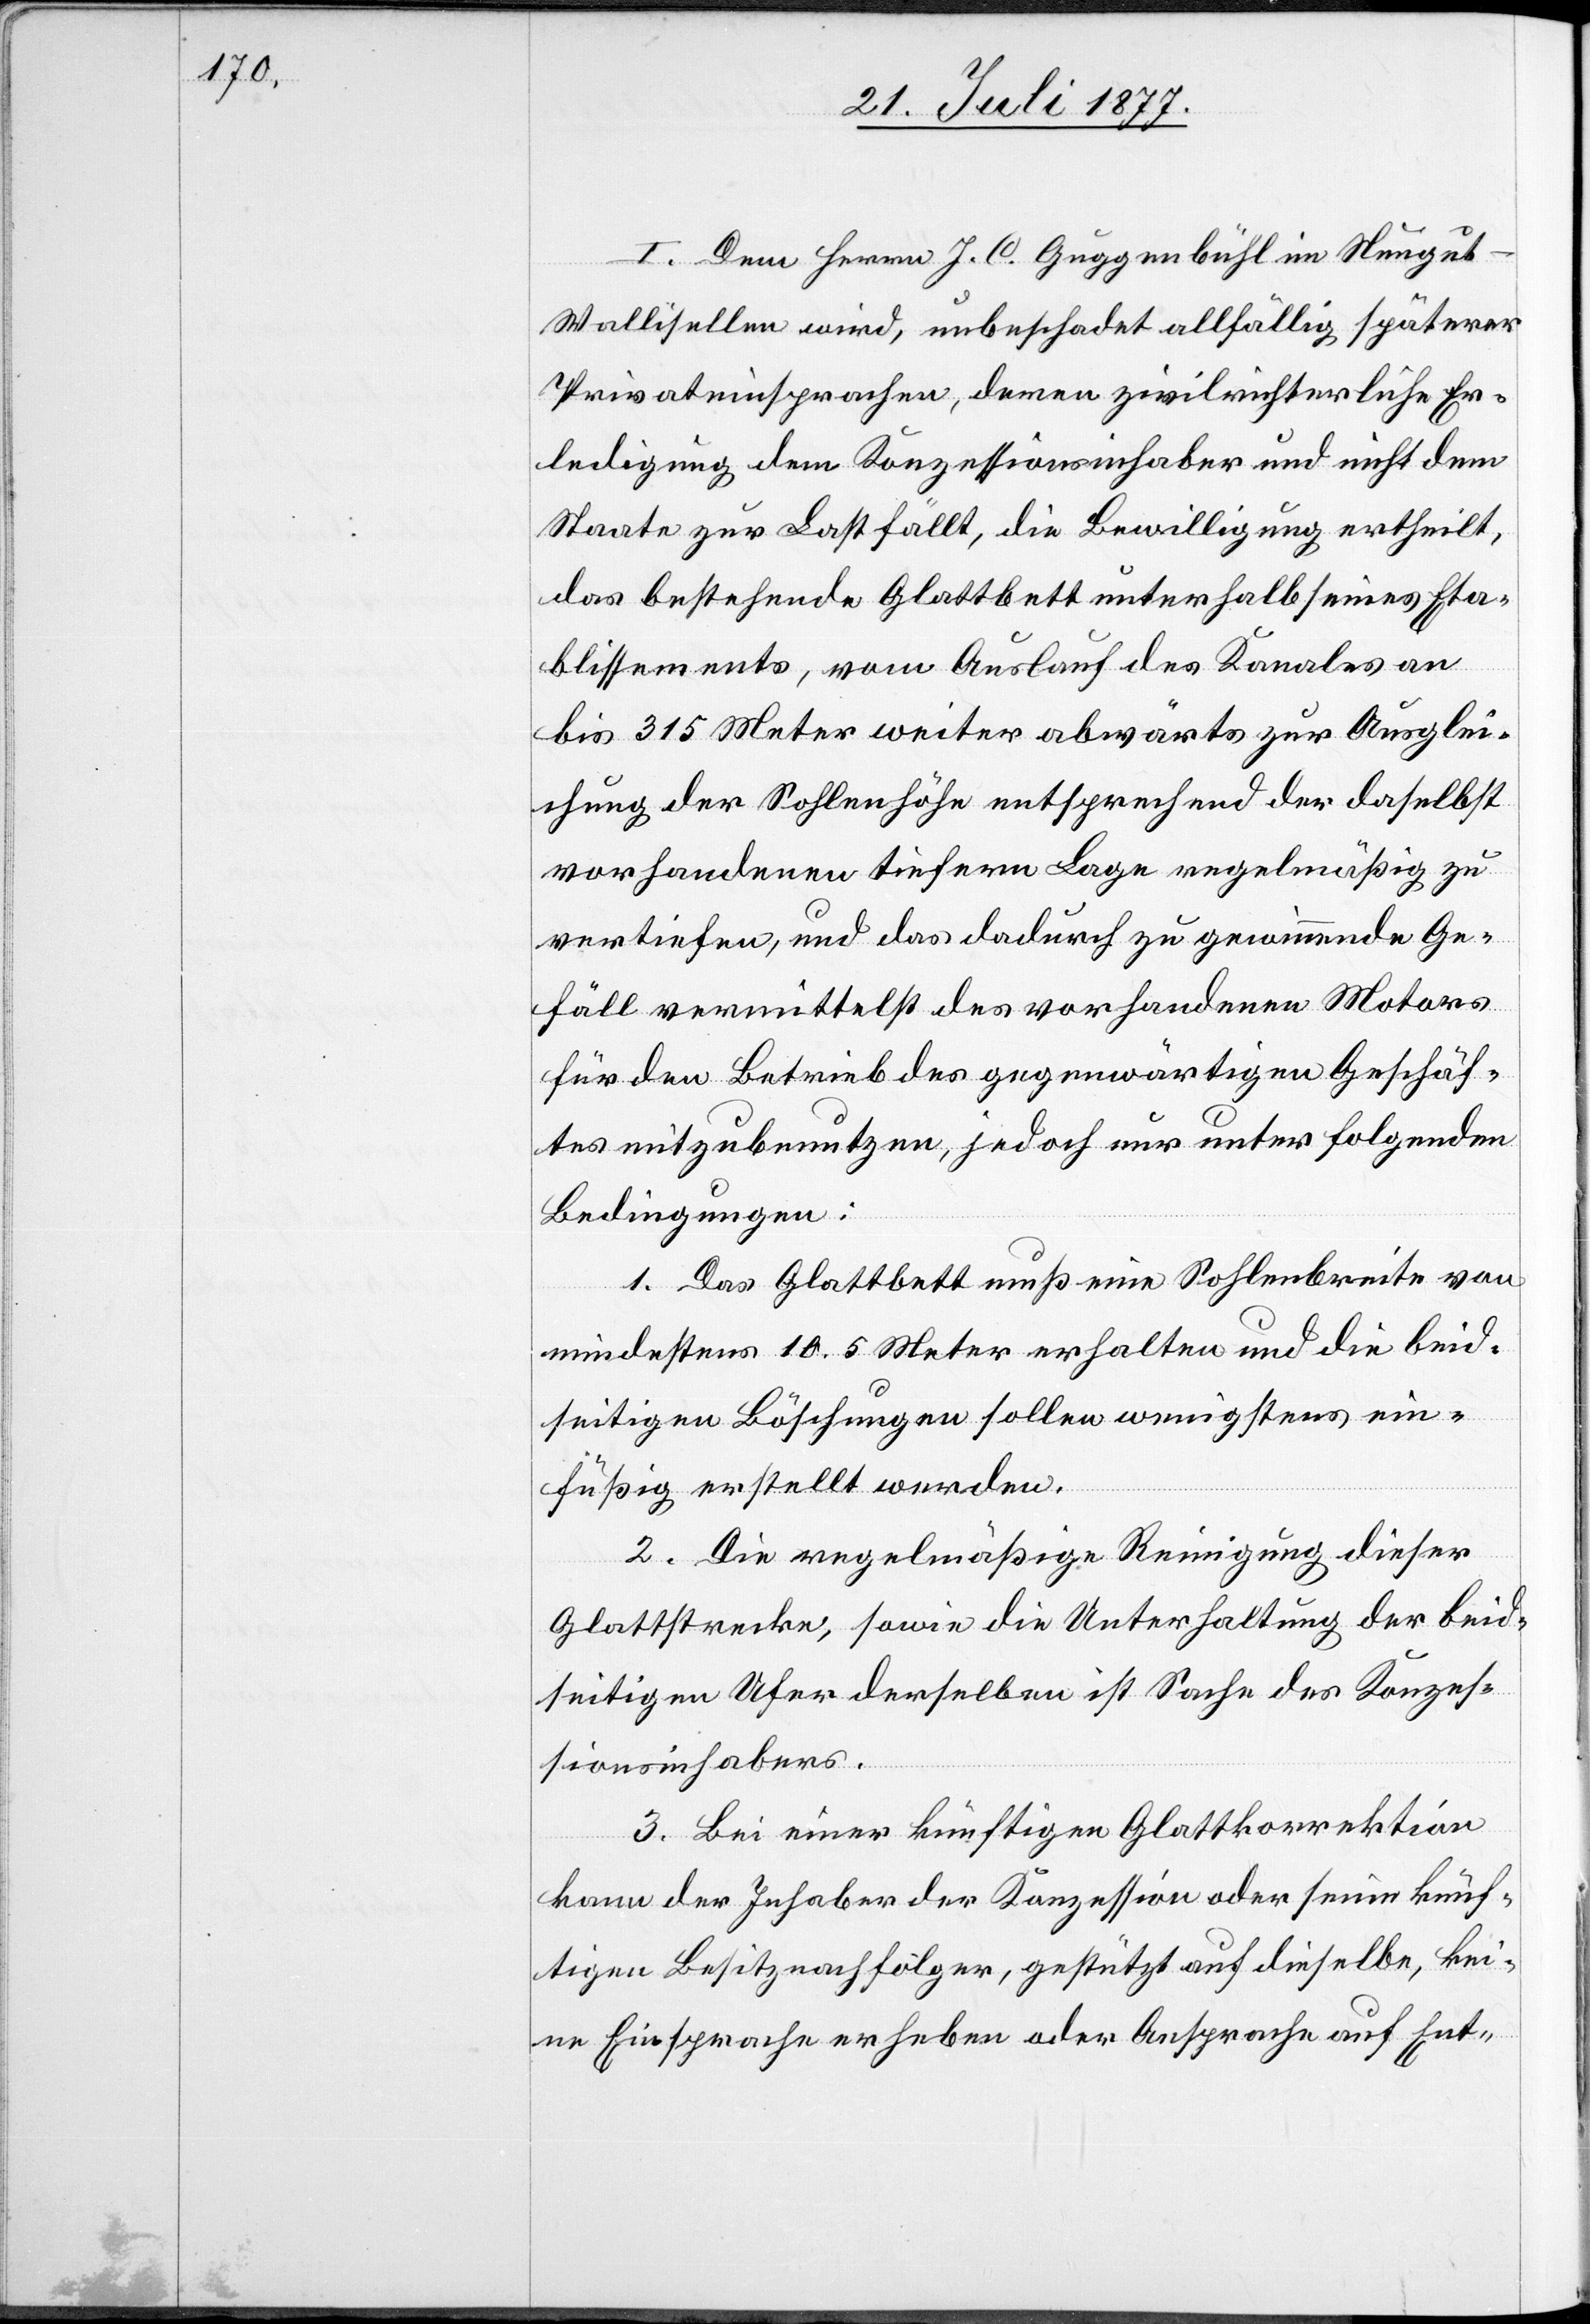
I. Dem Herrn J. C. Guggenbühl im Neugut
Wallisellen wird, unbeschadet allfällig späterer
Privateinsprachen, deren zivilrichterliche Er¬
ledigung dem Konzessionsinhaber und nicht dem
Staate zur Last fällt, die Bewilligung ertheilt,
das bestehende Glattbett unterhalb seines Eta¬
blissements, vom Auslauf des Kanales an
bis 315 Meter weiter abwärts zur Ausglei¬
chung der Sohlenhöhe entsprechend der daselbst
vorhandenen tiefern Lage regelmäßig zu
vertiefen, und das dadurch zu gewinnende Ge¬
fäll vermittelst des vorhandenen Motors
für den Betrieb des gegenwärtigen Geschäf¬
tes mitzubenutzen, jedoch nur unter folgenden
Bedingungen:
1. Das Glattbett muß eine Sohlenbreite von
mindestens 10.5 Meter erhalten und die beid¬
seitigen Böschungen sollen wenigstens ein¬
füßig erstellt werden.
2. Die regelmäßige Reinigung dieser
Glattstrecke, sowie die Unterhaltung der beid¬
seitigen Ufer derselben ist Sache des Konzes¬
sionsinhabers.
3. Bei einer künftigen Glattkorrektion
kann der Inhaber der Konzession oder seine künf¬
tigen Besitznachfolger, gestützt auf dieselbe, kei¬
ne Einsprache erheben oder Ansprache auf Ent-